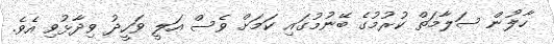
ހާލުން ސަލާމަތް ކުރުމުގެ ބޭނުމުގައި ކަމަށް ވެސް އަލީ ވަހީދު ވިދާޅުވި އެވެ.